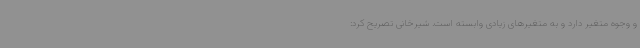
و وجوه متغیر دارد و به متغیرهای زیادی وابسته است. شیرخانی تصریح کرد: